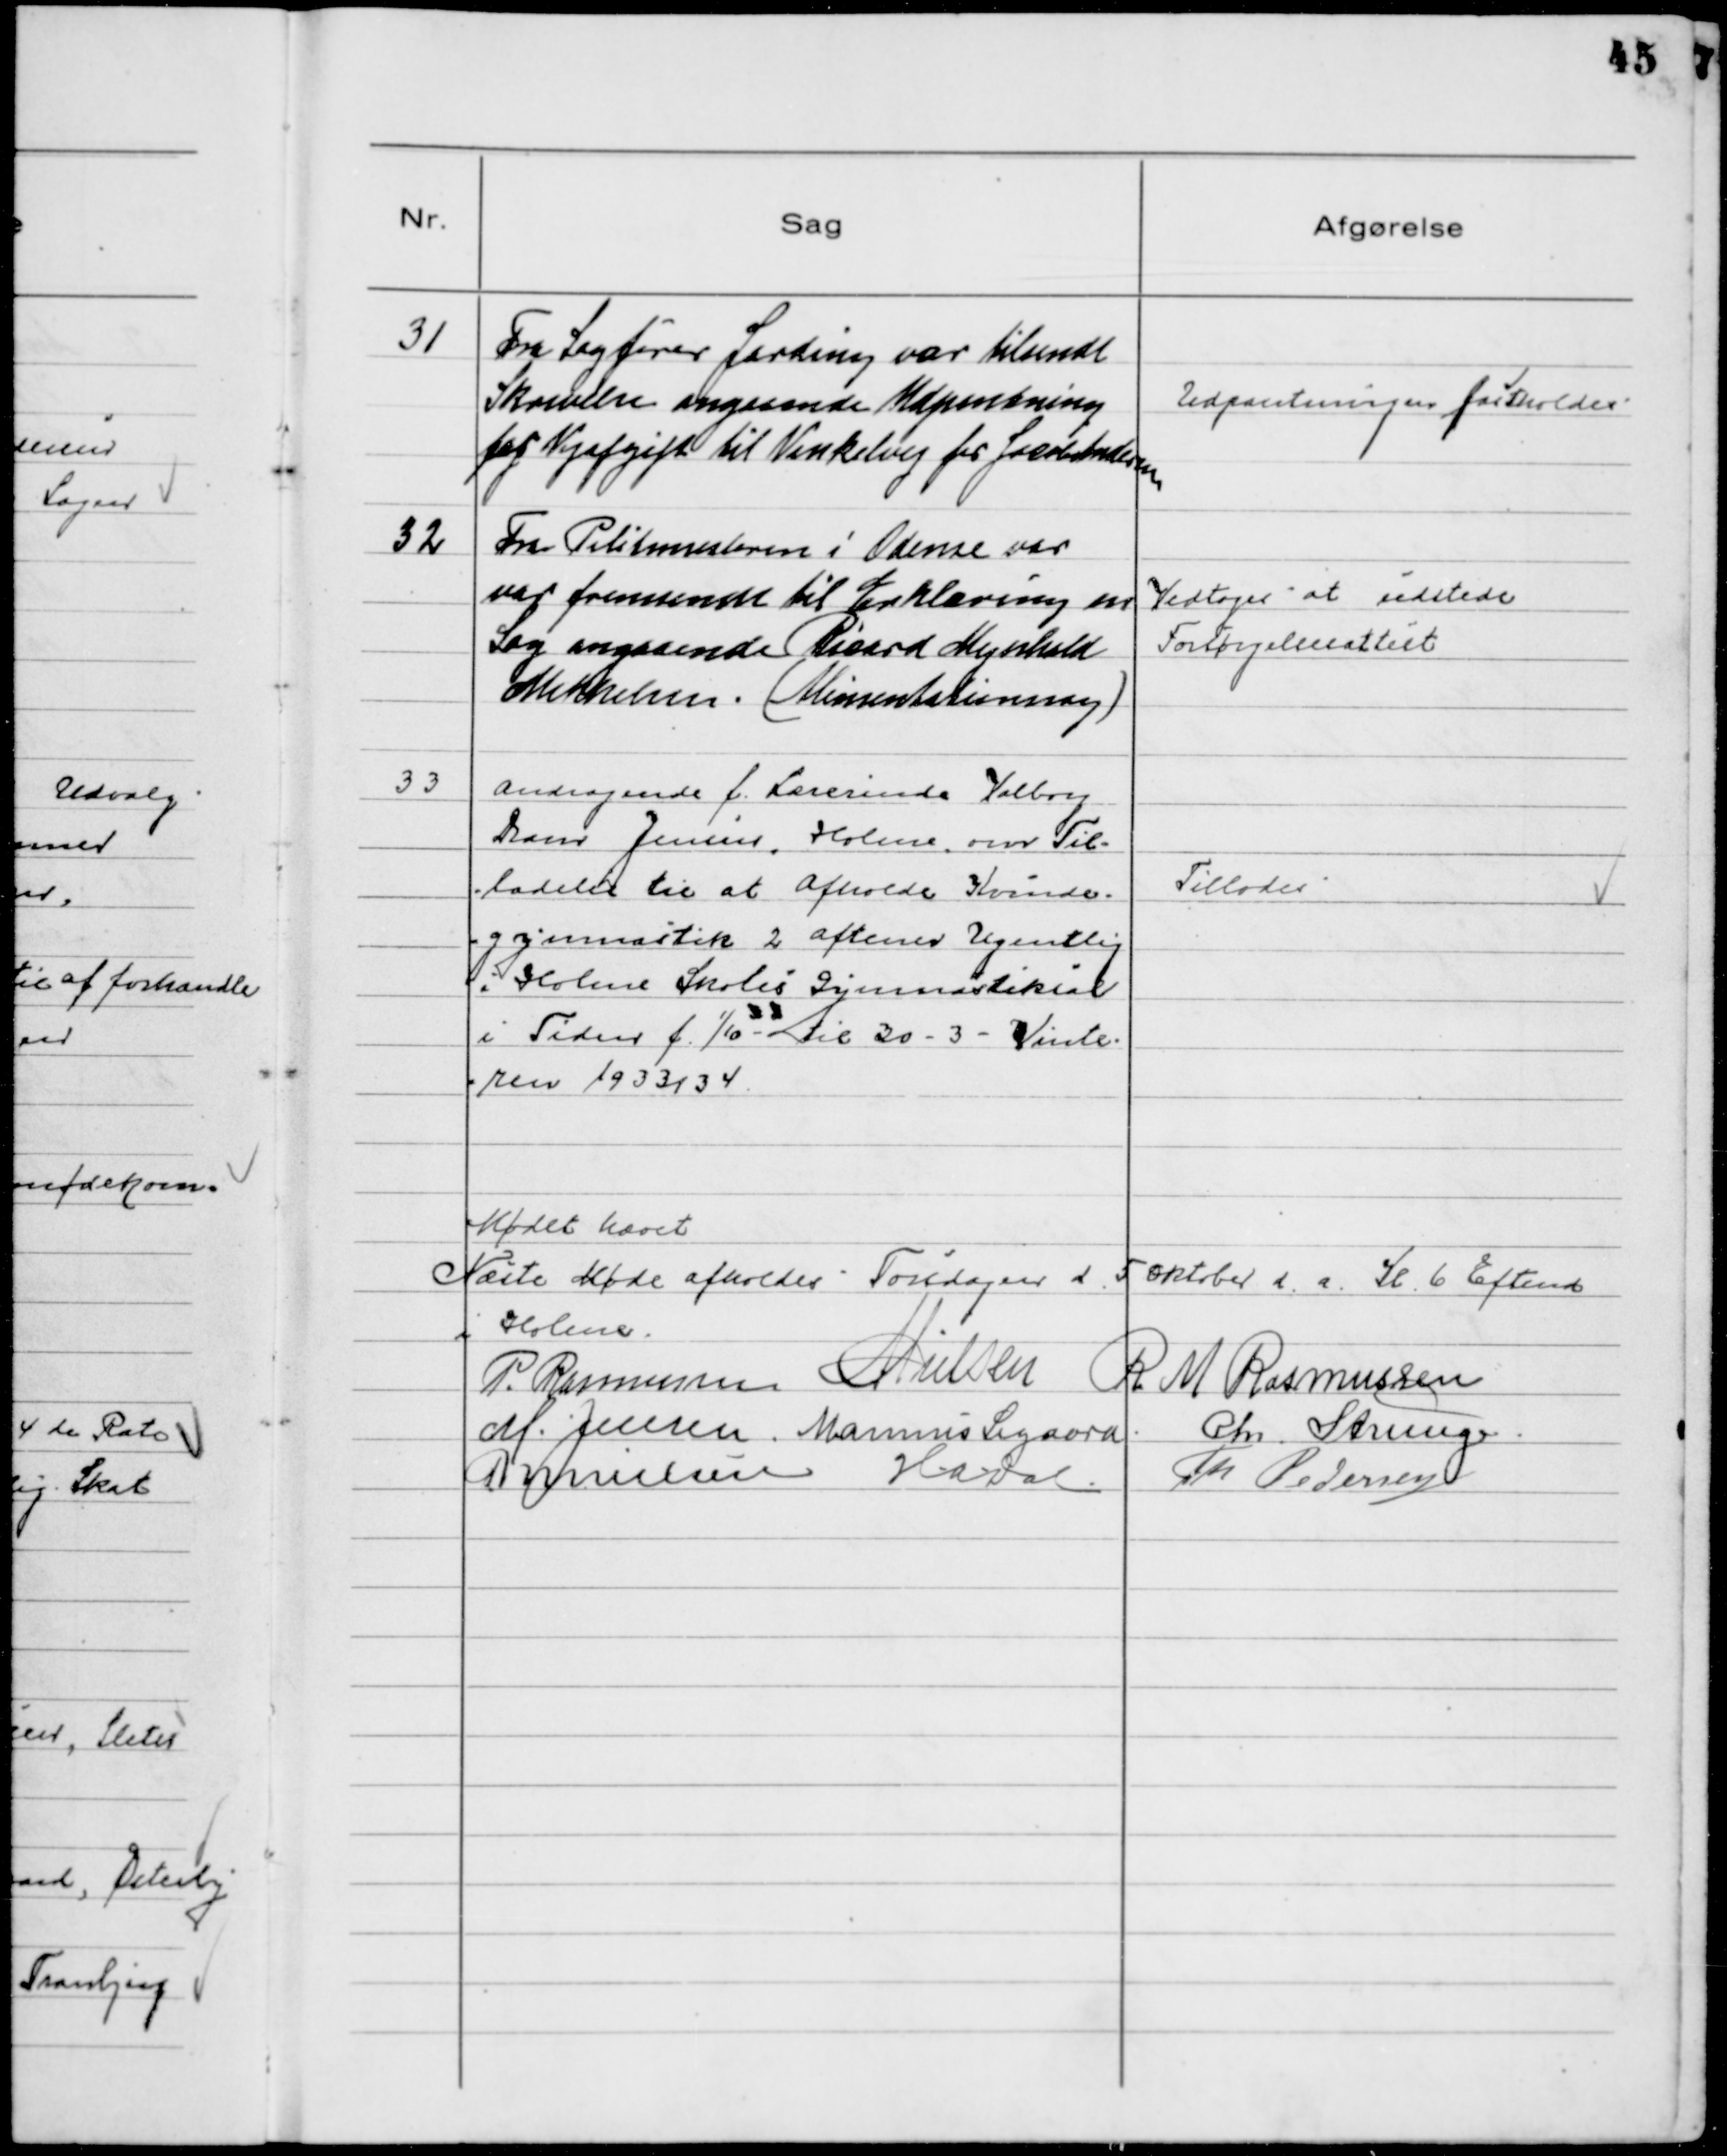
Transskription:
31
Fra Sagfører Jerding var tilsendt
Skrivelse angaaende Udpantning
for Vejafgift til Vinkelvej for Jacob Andersen

Udpantningen friholdes

32
Fra Politimesteren i Odense var
var fremsendt til Erklæring en
Sag angaaende Ricard Myrhold
Mikkelsen (Alimentationssag)

Vedtoges at udstede
Forsørgelsesattest

33
Andragende f. Lærerinde Valborg
Dam Jensen, Holme, om Til-
ladelse til at afholde Kvinde-
gymnastik 2 aftener Ugentlig
i Holme Skoles Gymnastiksal
i Tiden f. 1/10 til 30 - 3 - Vinte-
ren 1933/34

Tillodes

Mødet hævet
Næste Møde afholdes Torsdagen d. 5 Oktober d.a. Kl. 6 Eftemd
i Holme
P. Rasmussen MNielsen R M Rasmussen
M. Jensen Marinus Sigaard Chr. Strunge
NNielsen HADal Th Pedersen